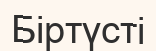
Біртүсті